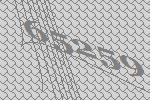
65259